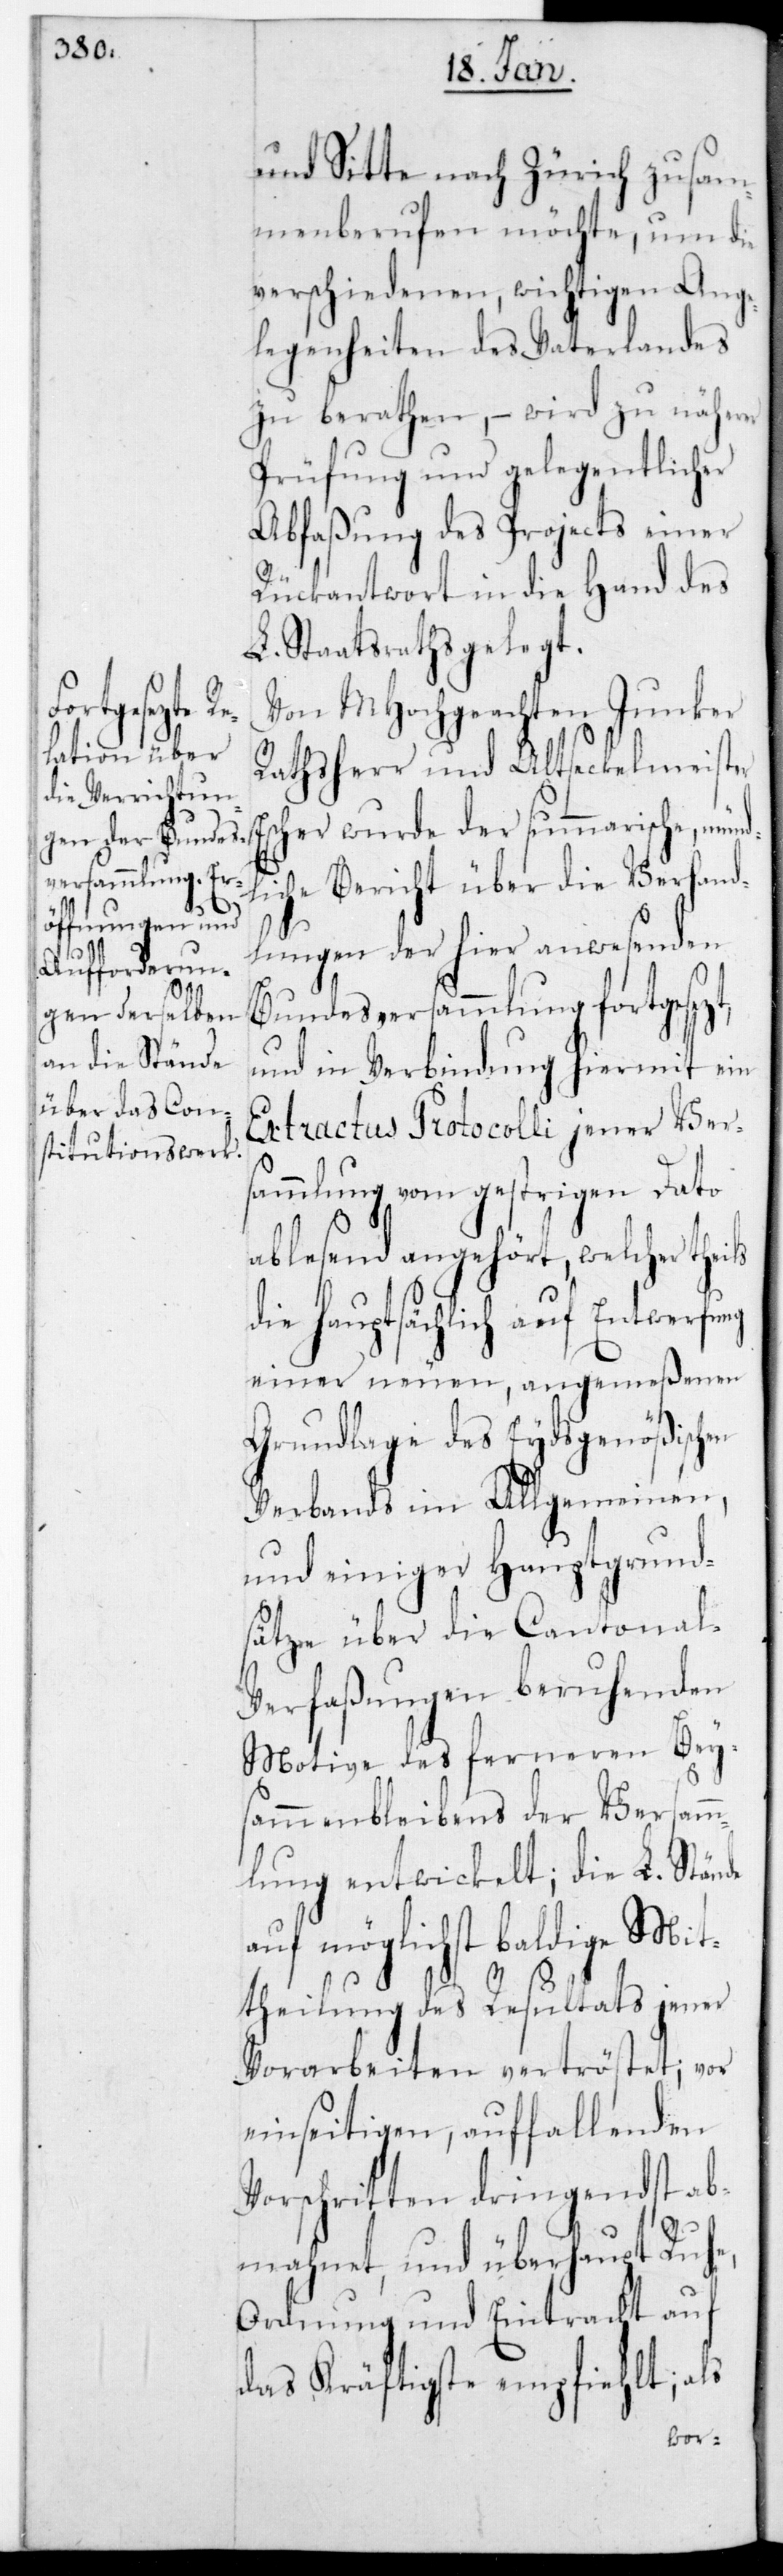
de

und Sitte nach Zürich zusam¬
menberufen möchte, um die
verschiedenen wichtigen Ange¬
legenheiten des Vaterlandes
zu berathen, – wird zu näherer
Prüfung und gelegentlicher
Abfaßung des Projects einer
Rückantwort in die Hand des
L. Staatsraths gelegt.
Von MHochgeachten Junker
Rathsherr und alt Seckelmeister
Escher wurde der summarische münd¬
liche Bericht über die Verhand¬
lungen der hier anwesenden
Bundesversammlung fortgeset¬
und in Verbindung hiermit ein
Extractus Protocolli jener Vers¬
ammlung vom gestrigen Dato
ablesend angehört, welcher theils
die hauptsächlich auf Entwerfung
einer neuen, angemeßenen
Grundlage des Eydsgenößischen
Verbands im Allgemeinen,
und einiger Hauptgrund¬
sätze über die Cantonal¬
verfaßungen beruhenden
Motive des ferneren Bey¬
sammenbleibens der Versamm¬
lung entwickelt; die L. Stän¬
auf möglichst baldige Mit¬
theilung des Resultats jener
Vorarbeiten vertröstet; vor
einseitigen, auffallenden
Vorschriften dringendst ab¬
mahnet, und überhaupt Ruhe,
Ordnung und Eintracht auf
das Kräftigste empfiehlt; als